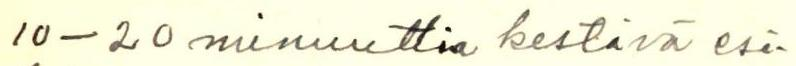
10-20 minuuttia kestävä esi-